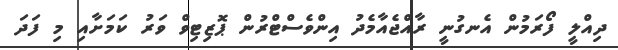
ދިއްލީ ފޯރަމުން އެނގުނީ ރާއްޖެއާމެދު އިންވެސްޓްރުން ޕޮޒިޓިވް ވަރު ކަމަށާއި މި ފަދަ